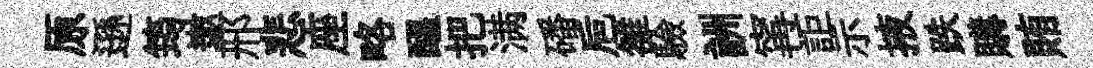
原遜筠遨邢悲座略醖把满磻巵雒驗詶𡩋詎示掖跌購賄